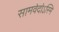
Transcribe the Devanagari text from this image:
सामवेदोऽस्मि